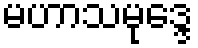
မဟာသမုဒ္ဒေ